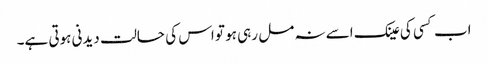
اب کسی کی عینک اسے نہ مل رہی ہو تو اس کی حالت دیدنی ہوتی ہے۔